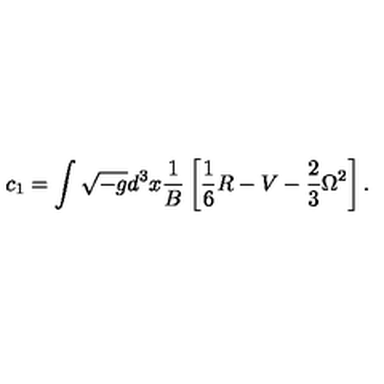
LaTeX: c _ { 1 } = \int \sqrt { - g } d ^ { 3 } x { \frac { 1 } { B } } \left[ \frac 1 6 R - V - \frac 2 3 \Omega ^ { 2 } \right] .